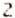
2